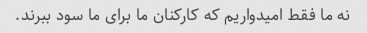
نه ما فقط امیدواریم که کارکنان ما برای ما سود ببرند.